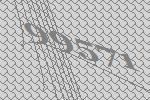
99571